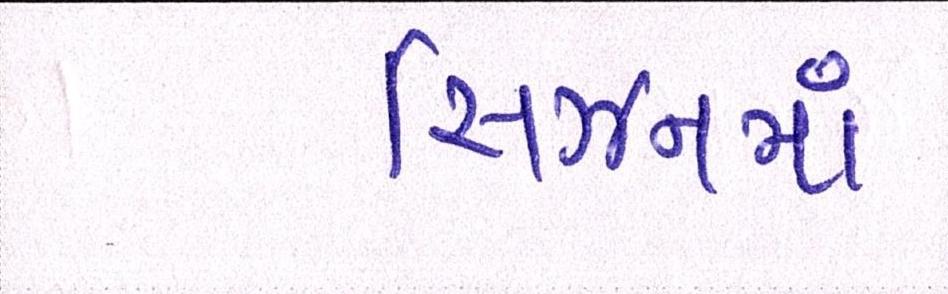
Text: સિઝનમાં